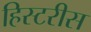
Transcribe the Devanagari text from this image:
हिस्टरीस